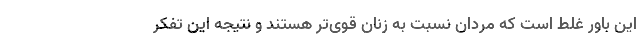
این باور غلط است که مردان نسبت به زنان قوی‌تر هستند و نتیجه این تفکر